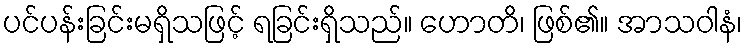
ပင်ပန်းခြင်းမရှိသဖြင့် ရခြင်းရှိသည်။ ဟောတိ၊ ဖြစ်၏။ အာသဝါနံ၊